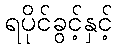
ရပိုင်ခွင့်နှင့်